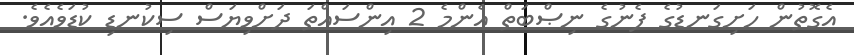
އެގޮތުން ހަށިގަނޑުގެ ފެނުގެ ނިޞްބަތް އެންމެ 2 އިންސައްތަ ދަށްވިޔަސް ސިކުނޑި ކުޑަވެއެވެ.